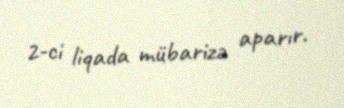
2-ci liqada mübarizə aparır.